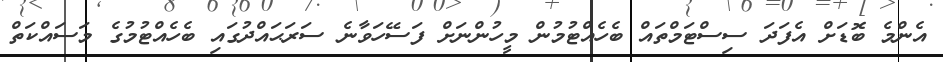
އެންމެ ބޮޑަށް އެފަދަ ސިސްޓަމްތައް ބެހެއްޓުމުން މީހުންނަށް ފަސޭހަވާނެ ސަރަޙައްދުގައި ބެހެއްޓުމުގެ މަސައްކަތް